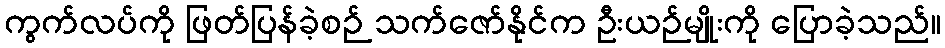
ကွက်လပ်ကို ဖြတ်ပြန်ခဲ့စဉ် သက်ဇော်နိုင်က ဦးယဉ်မျိုးကို ပြောခဲ့သည်။